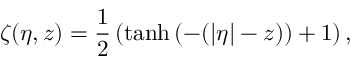
\zeta ( \eta , z ) = \frac { 1 } { 2 } \left( \operatorname { t a n h } { \left( - ( | \eta | - z ) \right) } + 1 \right) ,